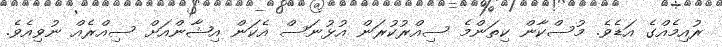
ރުއިމެއްގެ އަޑެވެ. މުސްކާން ކިތަންމެ ސިއްރުކުރަން އުޅުނަސް އެކަން އިޝާންއަށް ސިއްރެއް ނުވިއެވެ.